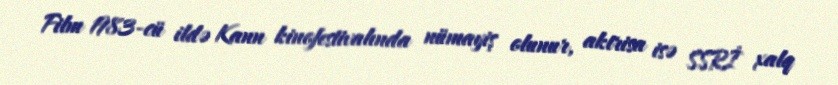
Film 1983-cü ildə Kann kinofestivalında nümayiş olunur, aktrisa isə SSRİ xalq